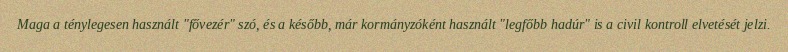
Maga a ténylegesen használt "fővezér" szó, és a később, már kormányzóként használt "legfőbb hadúr" is a civil kontroll elvetését jelzi.